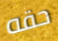
حقه